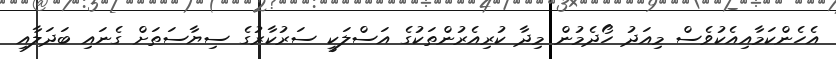
އެހެންކަމާއިއެކުވެސް މިއަދު ހޯދެމުން މިދާ ކުރިއެރުންތަކުގެ އަސްލަކީ ސަރުކާރުގެ ސިޔާސަތަށް ގެނައި ބަދަލާއި